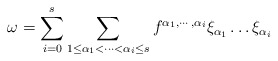
\begin{align*}\omega = \sum_{i=0}^{s} \sum_{1 \le \alpha_{1} < \cdots < \alpha_{i} \le s} f^{\alpha_{1}, \cdots , \alpha_{i}} \xi_{\alpha_{1}}\dots \xi_{\alpha_{i}}\end{align*}